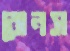
বোনস